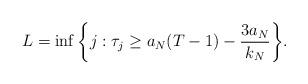
LaTeX: \begin{align*}L = \inf\bigg\{j: \tau_j \geq a_N(T - 1) - \frac{3 a_N}{k_N} \bigg\}.\end{align*}